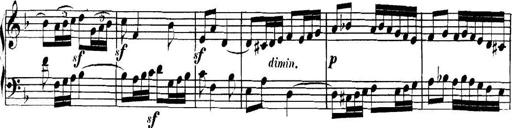
Title: Collected Piano Sonatas
Composer: Muzio Clementi